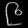
Digit: ၉